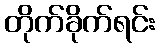
တိုက်ခိုက်ရင်း